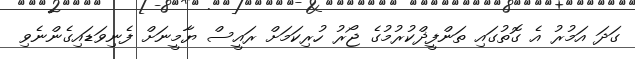
ގަދަ އަމުރު އެ ގޮތުގައި ތަންފީޛްކުރުމުގެ ޖޯރު ހުރިކަމަށް ރައީސް ޔާމީނަށް ފެނިވަޑައިގެންނެވި